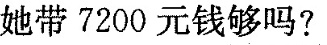
她带7200元钱够吗?